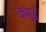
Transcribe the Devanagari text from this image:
कमुई